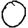
Digit: 0